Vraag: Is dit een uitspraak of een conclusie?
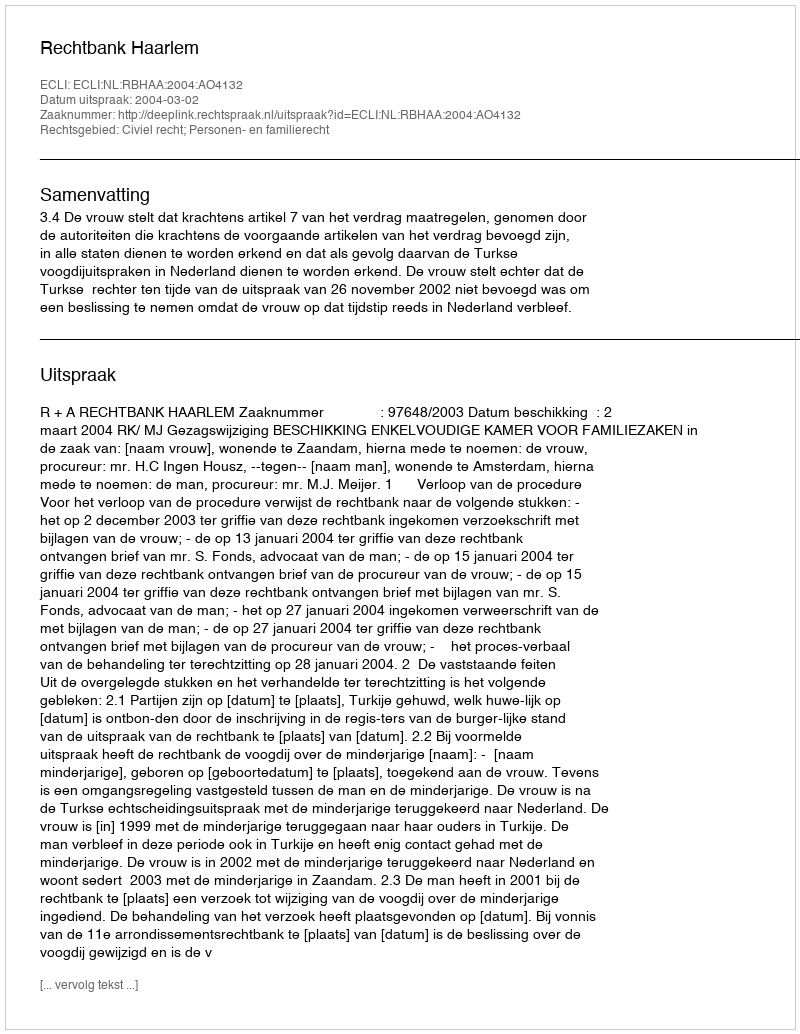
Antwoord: Uitspraak